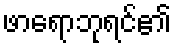
ဖာရောဘုရင်၏